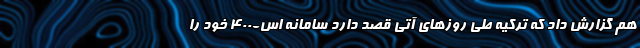
هم گزارش داد که ترکیه طی روزهای آتی قصد دارد سامانه اس-۴۰۰ خود را